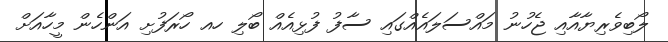
ލޯބިވެރިޔާއާއި ޖެހުނު މައްސަލައެއްގައި ސާފު ފުޅިއެއް ބޯލި ހއ ހޯރަފުށި އަންހެން މީހާއަށް